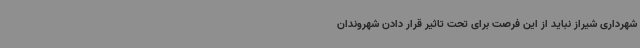
شهرداری شیراز نباید از این فرصت برای تحت تاثیر قرار دادن شهروندان